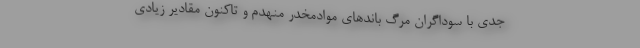
جدی با سوداگران مرگ باندهای موادمخدر منهدم و تاکنون مقادیر زیادی